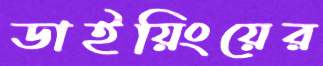
ডাইয়িংয়ের